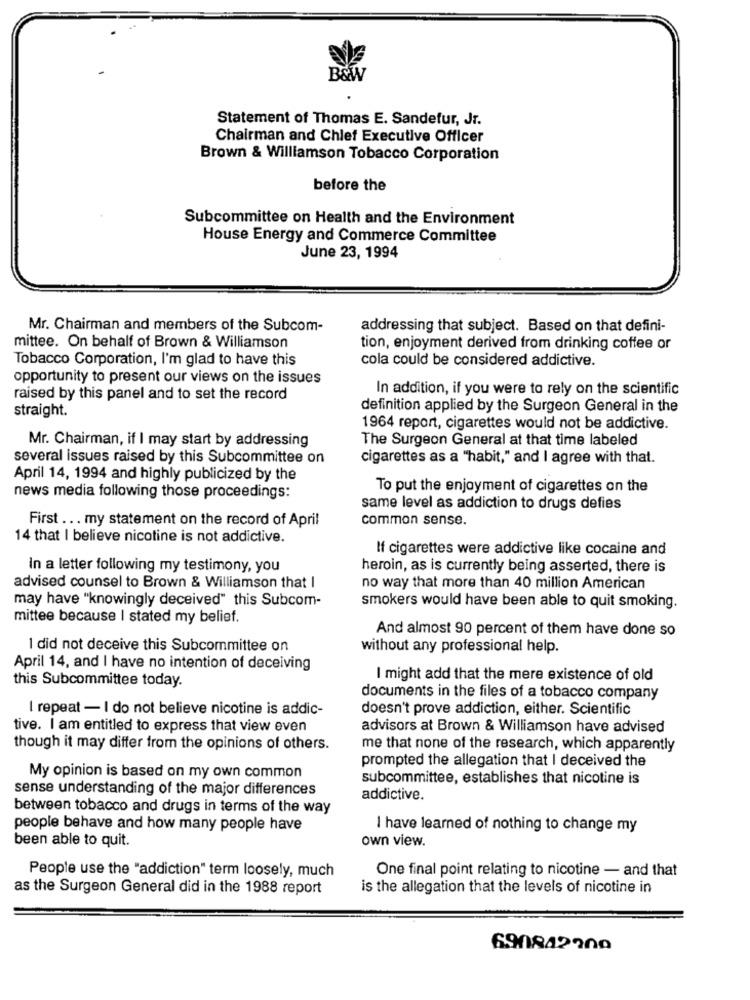
B&w
Statement of Thomas E. Sandefur, Jr.
Chairman and Chief Executive Officer
Brown & Williamson Tobacco Corporation
before the
Subcommittee on Health and the Environment
House Energy and Commerce Committee
June 23, 1994
Mr. Chairman and members of the Subcom-
addressing that subject. Based on that defini-
mittee. On behalf of Brown & Williamson
tion, enjoyment derived from drinking coffee or
Tobacco Corporation, I'm glad to have this
cola could be considered addictive.
opportunity to present our views on the issues
In addition, if you were to rely on the scientific
raised by this panel and to set the record
straight.
definition applied by the Surgeon General in the
1964 report, cigarettes would not be addictive.
Mr. Chairman, if I may start by addressing
The Surgeon General at that time labeled
several issues raised by this Subcommittee on
cigarettes as a "habit," and I agree with that.
April 14, 1994 and highly publicized by the
To put the enjoyment of cigarettes on the
news media following those proceedings:
same level as addiction to drugs defies
First ... my statement on the record of April
common sense.
14 that I believe nicotine is not addictive.
If cigarettes were addictive like cocaine and
In a letter following my testimony, you
heroin, as is currently being asserted, there is
advised counsel to Brown & Williamson that I
no way that more than 40 million American
may have "knowingly deceived" this Subcom-
smokers would have been able to quit smoking.
mittee because I stated my belief.
And almost 90 percent of them have done so
I did not deceive this Subcommittee on
without any professional help.
April 14, and I have no intention of deceiving
this Subcommittee today.
I might add that the mere existence of old
documents in the files of a tobacco company
I repeat - I do not believe nicotine is addic-
doesn't prove addiction, either. Scientific
tive. I am entitled to express that view even
advisors at Brown & Williamson have advised
though it may differ from the opinions of others.
me that none of the research, which apparently
prompted the allegation that I deceived the
My opinion is based on my own common
subcommittee, establishes that nicotine is
sense understanding of the major differences
addictive.
between tobacco and drugs in terms of the way
people behave and how many people have
I have learned of nothing to change my
been able to quit.
own view.
People use the "addiction" term loosely, much
One final point relating to nicotine - and that
as the Surgeon General did in the 1988 report
is the allegation that the levels of nicotine in
690842900